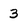
Character: 3